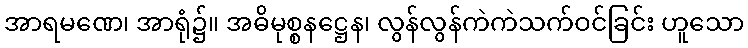
အာရမဏေ၊ အာရုံ၌။ အဓိမုစ္စနဋ္ဌေန၊ လွန်လွန်ကဲကဲသက်ဝင်ခြင်း ဟူသော